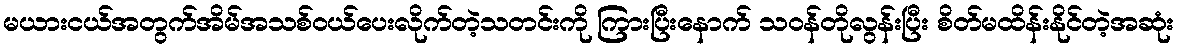
မယားငယ်အတွက်အိမ်အသစ်ဝယ်ပေးလိုက်တဲ့သတင်းကို ကြားပြီးနောက် သဝန်တိုလွန်းပြီး စိတ်မထိန်းနိုင်တဲ့အဆုံး